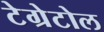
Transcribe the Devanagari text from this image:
टेग्रेटोल